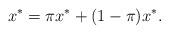
LaTeX: \begin{align*}x^*=\pi x^*+(1-\pi)x^*.\end{align*}